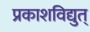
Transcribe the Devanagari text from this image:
प्रकाशविद्युत्‌